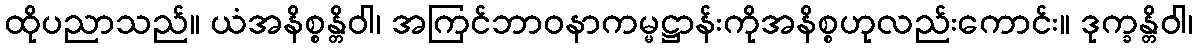
ထိုပညာသည်။ ယံအနိစ္စန္တိဝါ၊ အကြင်ဘာဝနာကမ္မဋ္ဌာန်းကိုအနိစ္စဟုလည်းကောင်း။ ဒုက္ခန္တိဝါ၊